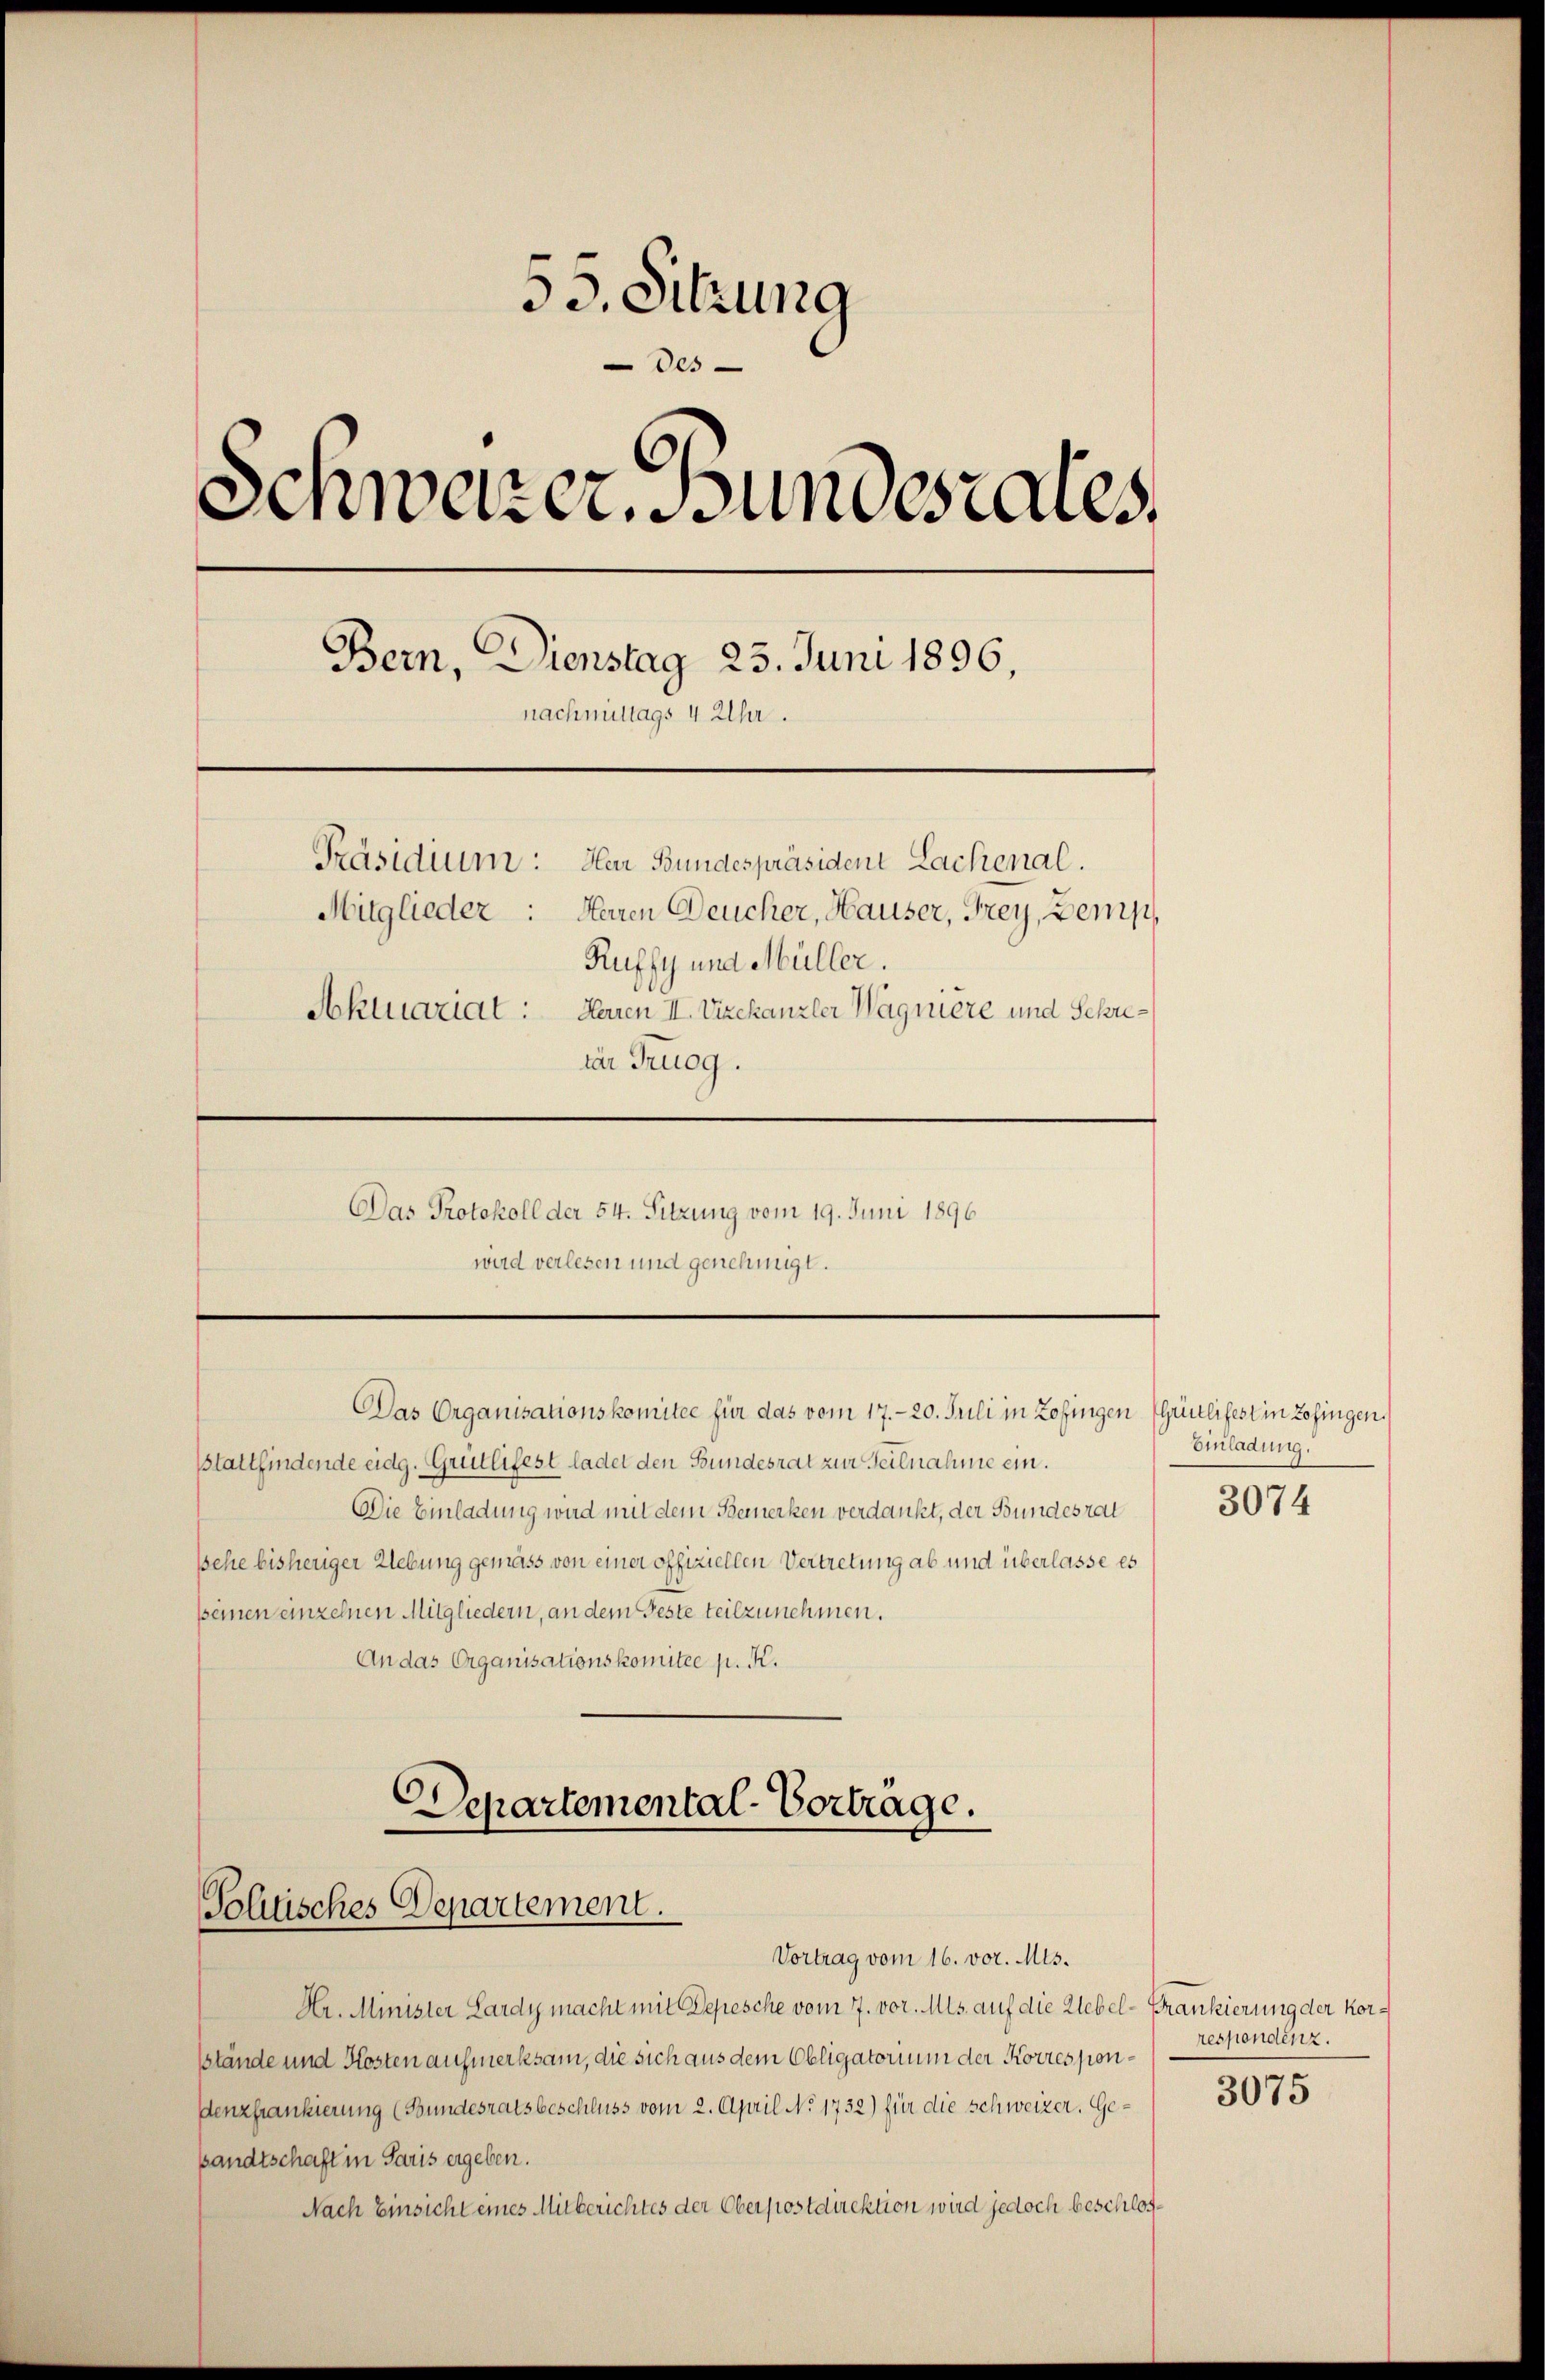
53. Sitzung
Oes
Schwarzer Bundesrates,
Bern, Dienstag 23. Juni 1896,
nachmittags 4 Uhr.
Präsidium: Her Bundespräsident Lachenal.
Mitglieder: Herren Deucher, Hauser, Frey, Bemp,
Ruffy und Müller.
Aktuariat: Herren II. Vizekanzler Wagniere und Schriin Truog.
Das Protokoll der 54. Sitzung vom 19. Juni 1896
wird verlesen und genehmigt.

sstattfindende eidg. Grullifest ladet den Bundesrat zur Teilnahme ein.
Die Einladung wird mit dem Bemerken verdankt, der Bundesrat
sehe bisheriger Uebung gemäss von einer offiziellen Vertretung ab und überlasse es
seinen einzelnen Mitgliedern, an dem Feste teilzunehmen.
An das Organisationskomitee p. K.

Das Organisationskomitee für das vom 17. 20. Juli in Zofingen (Grütlifest in Zofingen,

Departemental-Vortrage.
Toluisches Departement.
Vortrag vom 16. vor. Mts.

Hr. Minister Lardy macht mit Depesche vom 7. vor. Mts. auf die Uebel-Krankierung der Korsstände und Kosten aufmerksam, die sich aus dem Obligatorium der Korrespondenzfrankierung (Bundesratsbeschluss vom 2. April No 1752) für die Schweizer. Gesandtschaft in Paris ergeben.
Nach Einsicht eines Mitberichtes der Oberpostdirektion wird jedoch beschlos¬

Einladung.
3074

respondenz.

3075